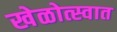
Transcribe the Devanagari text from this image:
खेळोत्स्वात